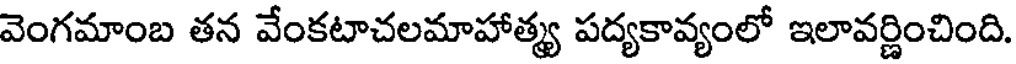
వెంగమాంబ తన వేంకటాచలమాహాత్య పద్యకావ్యంలో ఇలావర్ణించింది.